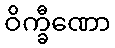
ဝိက္ခီဏော